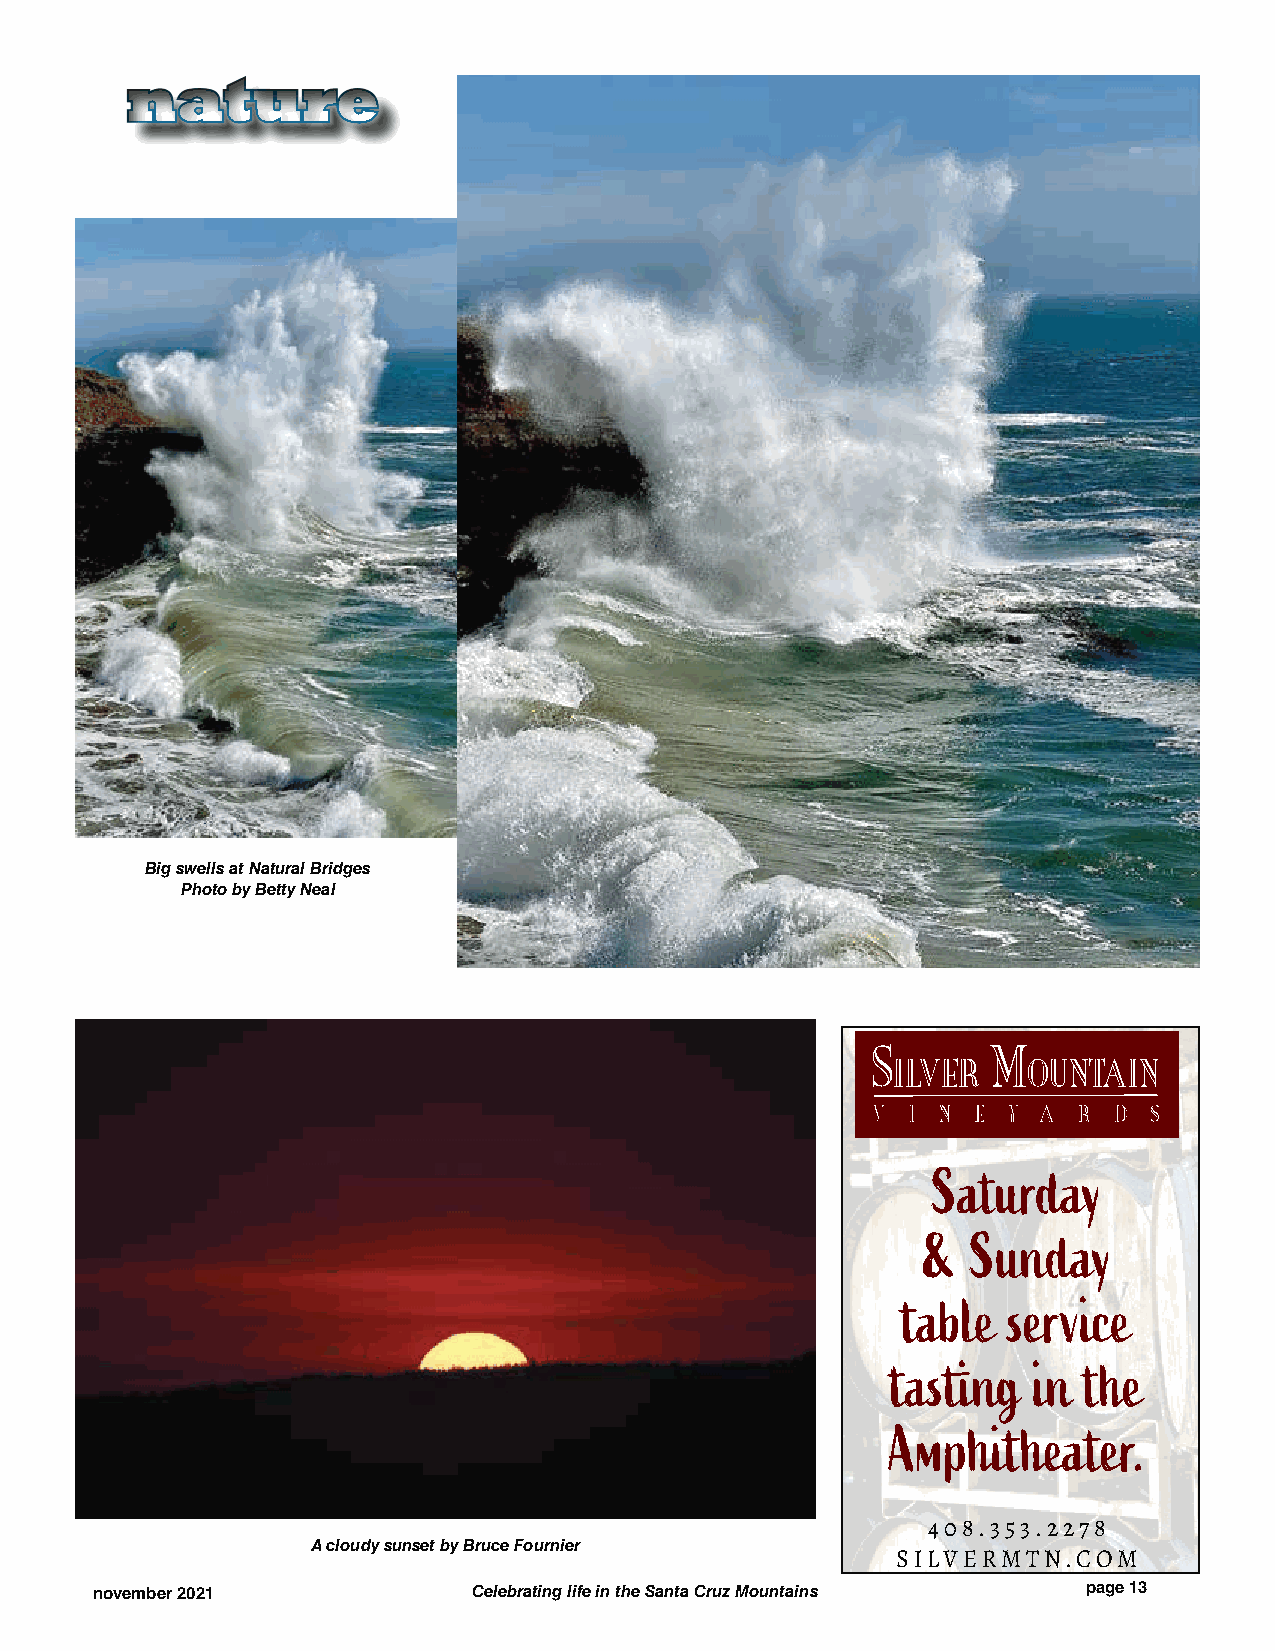
nnaattuurree
 Big swells at Natural Bridges
 Photo by Betty Neal
 Saturday
 &  Sunday
 table  service
 tasting  in  the
 Amphitheater.
 408.353.2278
 A cloudy sunset by Bruce Fournier
 SILVERMTN.COM
 november 2021            Celebrating life in the Santa Cruz Mountains page 13